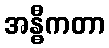
အန္ဓီကတာ